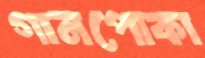
গানপোকা